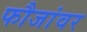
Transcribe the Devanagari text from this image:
फौजांवर